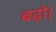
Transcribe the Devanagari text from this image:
बढ़ो।